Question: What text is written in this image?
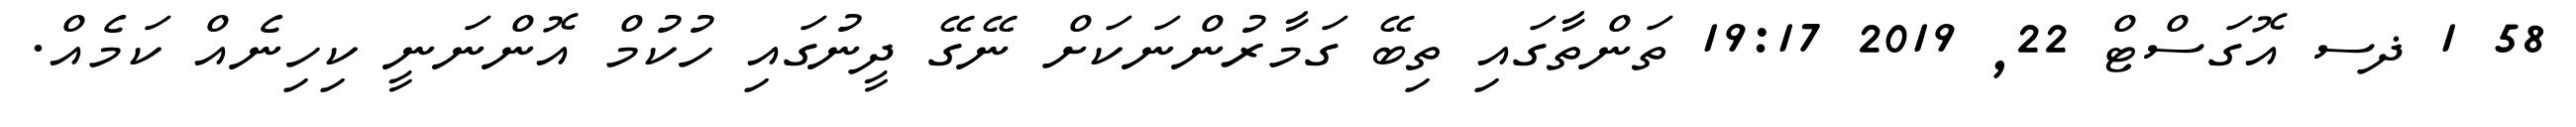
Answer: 58 1 ޛސ އޮގަސްޓް 22, 2019 19:17 ތަންތާގައި ތިބޭ ގަމާރުންނަކަށް ނޭގޭ ދީނުގައި ހުކުމް އޮންނަނީ ކިހިނެއް ކަމެއް.